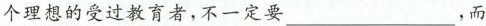
个理想的受过教育者，不一定要